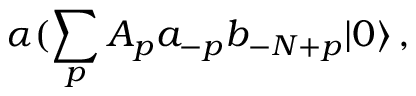
\alpha ( \sum _ { p } A _ { p } a _ { - p } b _ { - N + p } | 0 \rangle \, ,